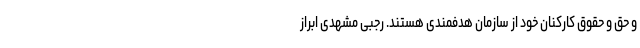
و حق و حقوق کارکنان خود از سازمان هدفمندی هستند. رجبی مشهدی ابراز